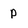
Character: p